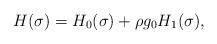
LaTeX: \begin{align*}H(\sigma) = H_0(\sigma) + \rho g_0 H_1(\sigma) ,\end{align*}